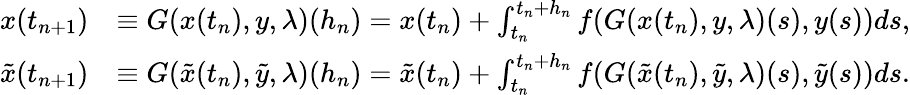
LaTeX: \begin{array}{rl}{x(t_{n+1})}&{\equiv G(x(t_{n}),y,\lambda)(h_{n})=x(t_{n})+\int_{t_{n}}^{t_{n}+h_{n}}f(G(x(t_{n}),y,\lambda)(s),y(s))ds,}\\ {\tilde{x}(t_{n+1})}&{\equiv G(\tilde{x}(t_{n}),\tilde{y},\lambda)(h_{n})=\tilde{x}(t_{n})+\int_{t_{n}}^{t_{n}+h_{n}}f(G(\tilde{x}(t_{n}),\tilde{y},\lambda)(s),\tilde{y}(s))ds.}\end{array}